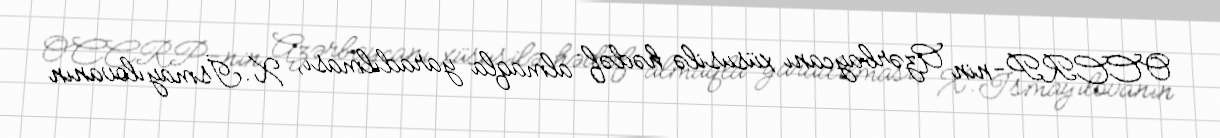
OCCRP-nin Azərbaycanı xüsusilə hədəf almaqla yaradılması, X.İsmayılovanın